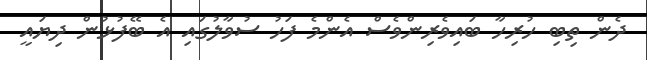
ދެން ތިބި ހުރިހާ ބައިވެރިންވެސް އެންމެ ފަހު ސުވާލުގައި އެ ބޭފުޅުން ދިޔައީ